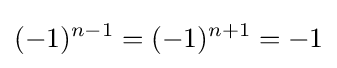
(-1)^{n-1}=(-1)^{n+1}=-1